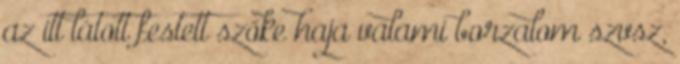
az itt látott festett szőke haja valami borzalom szvsz,